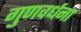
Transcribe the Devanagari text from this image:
गुणवर्धना